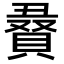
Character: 𮚔